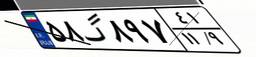
۱۶گ۶۶۱۹۱